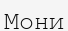
Мони